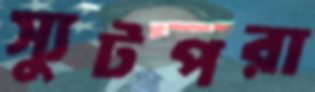
স্যুটপরা